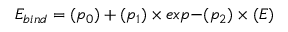
E _ { b i n d } = ( p _ { 0 } ) + ( p _ { 1 } ) \times e x p { - ( p _ { 2 } ) \times ( E ) }